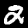
Label: 2